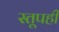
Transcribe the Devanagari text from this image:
स्तूपही